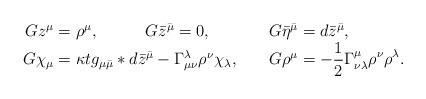
LaTeX: \begin{align*}\begin{array}{r@{\;}c@{\;}l@{\qquad}r@{\;}c@{\;}l} Gz^\mu &=& \rho^\mu,\qquad\hfil G\bar z^{\bar\mu} = 0,\hfil& G\bar\eta^{\bar\mu} &=& d\bar z^{\bar\mu}, \\ G\chi_\mu &=& \kappa tg_{\mu\bar\mu}*d\bar z^{\bar\mu} -\Gamma^\lambda_{\mu\nu}\rho^\nu\chi_\lambda,& G\rho^\mu &=& -\displaystyle \frac{1}{2}\Gamma^\mu_{\nu\lambda}\rho^\nu\rho^\lambda. \end{array}\end{align*}